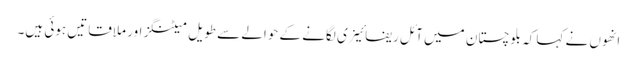
انھوں نے کہا کہ بلوچستان میں آئل ریفائینری لگانے کے حوالے سے طویل میٹنگز اور ملاقاتیں ہوئی ہیں۔